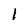
Character: 1